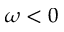
\omega < 0